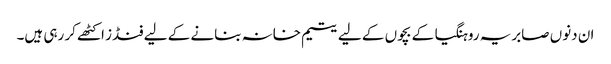
ان دنوں صابریہ روہنگیا کے بچوں کے لیے یتیم خانہ بنانے کے لیے فنڈز اکٹھے کر رہی ہیں۔